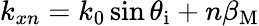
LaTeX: k_{xn}=k_{0}\sin\theta_{\mathrm{i}}+n\beta_{\mathrm{M}}